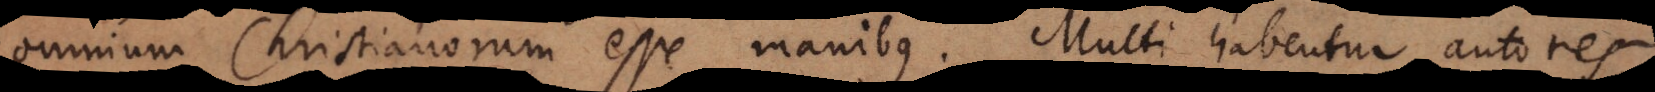
omnium Christianorum esse manibus. Multi habentur autores